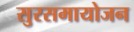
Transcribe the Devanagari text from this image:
सुरसमायोजन